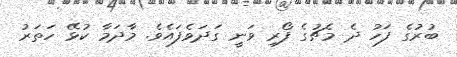
ބުރުގެ ފަހު ދެ މެޗުގެ ފޯރި ވަނީ ގަދަވެފައެވެ. މާދަމާ ކުޅޭ ހަތަރު